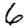
Digit: 6